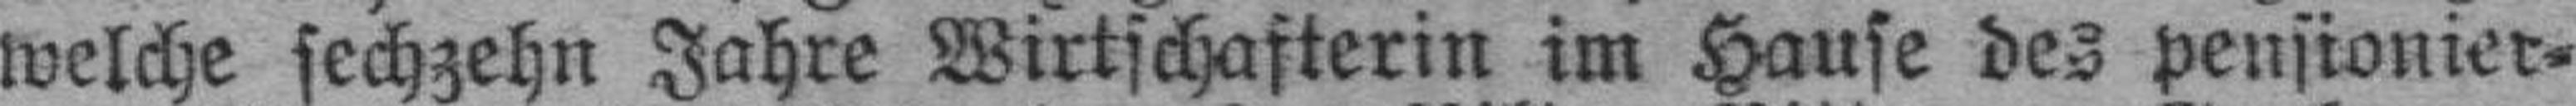
welche sechzehn Jahre Wirtschafterin im Hause des pensionier¬